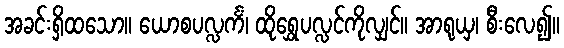
အခင်းရှိထသော။ ယောစပလ္လင်္ကံ၊ ထိုရွှေပလ္လင်ကိုလျှင်။ အာရုယှ၊ စီးလေ၍။